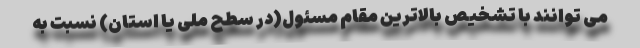
می توانند با تشخیص بالاترین مقام مسئول(در سطح ملی یا استان) نسبت به